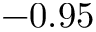
- 0 . 9 5